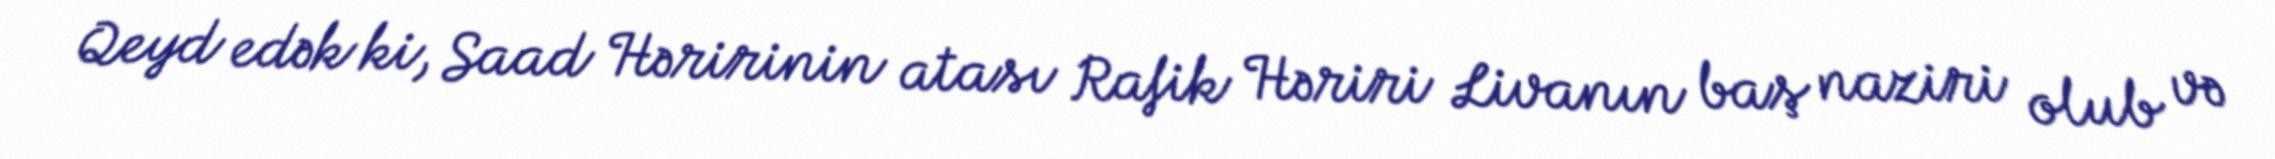
Qeyd edək ki, Saad Həririnin atası Rafik Həriri Livanın baş naziri olub və